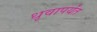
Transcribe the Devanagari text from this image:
धृवापर्यंत